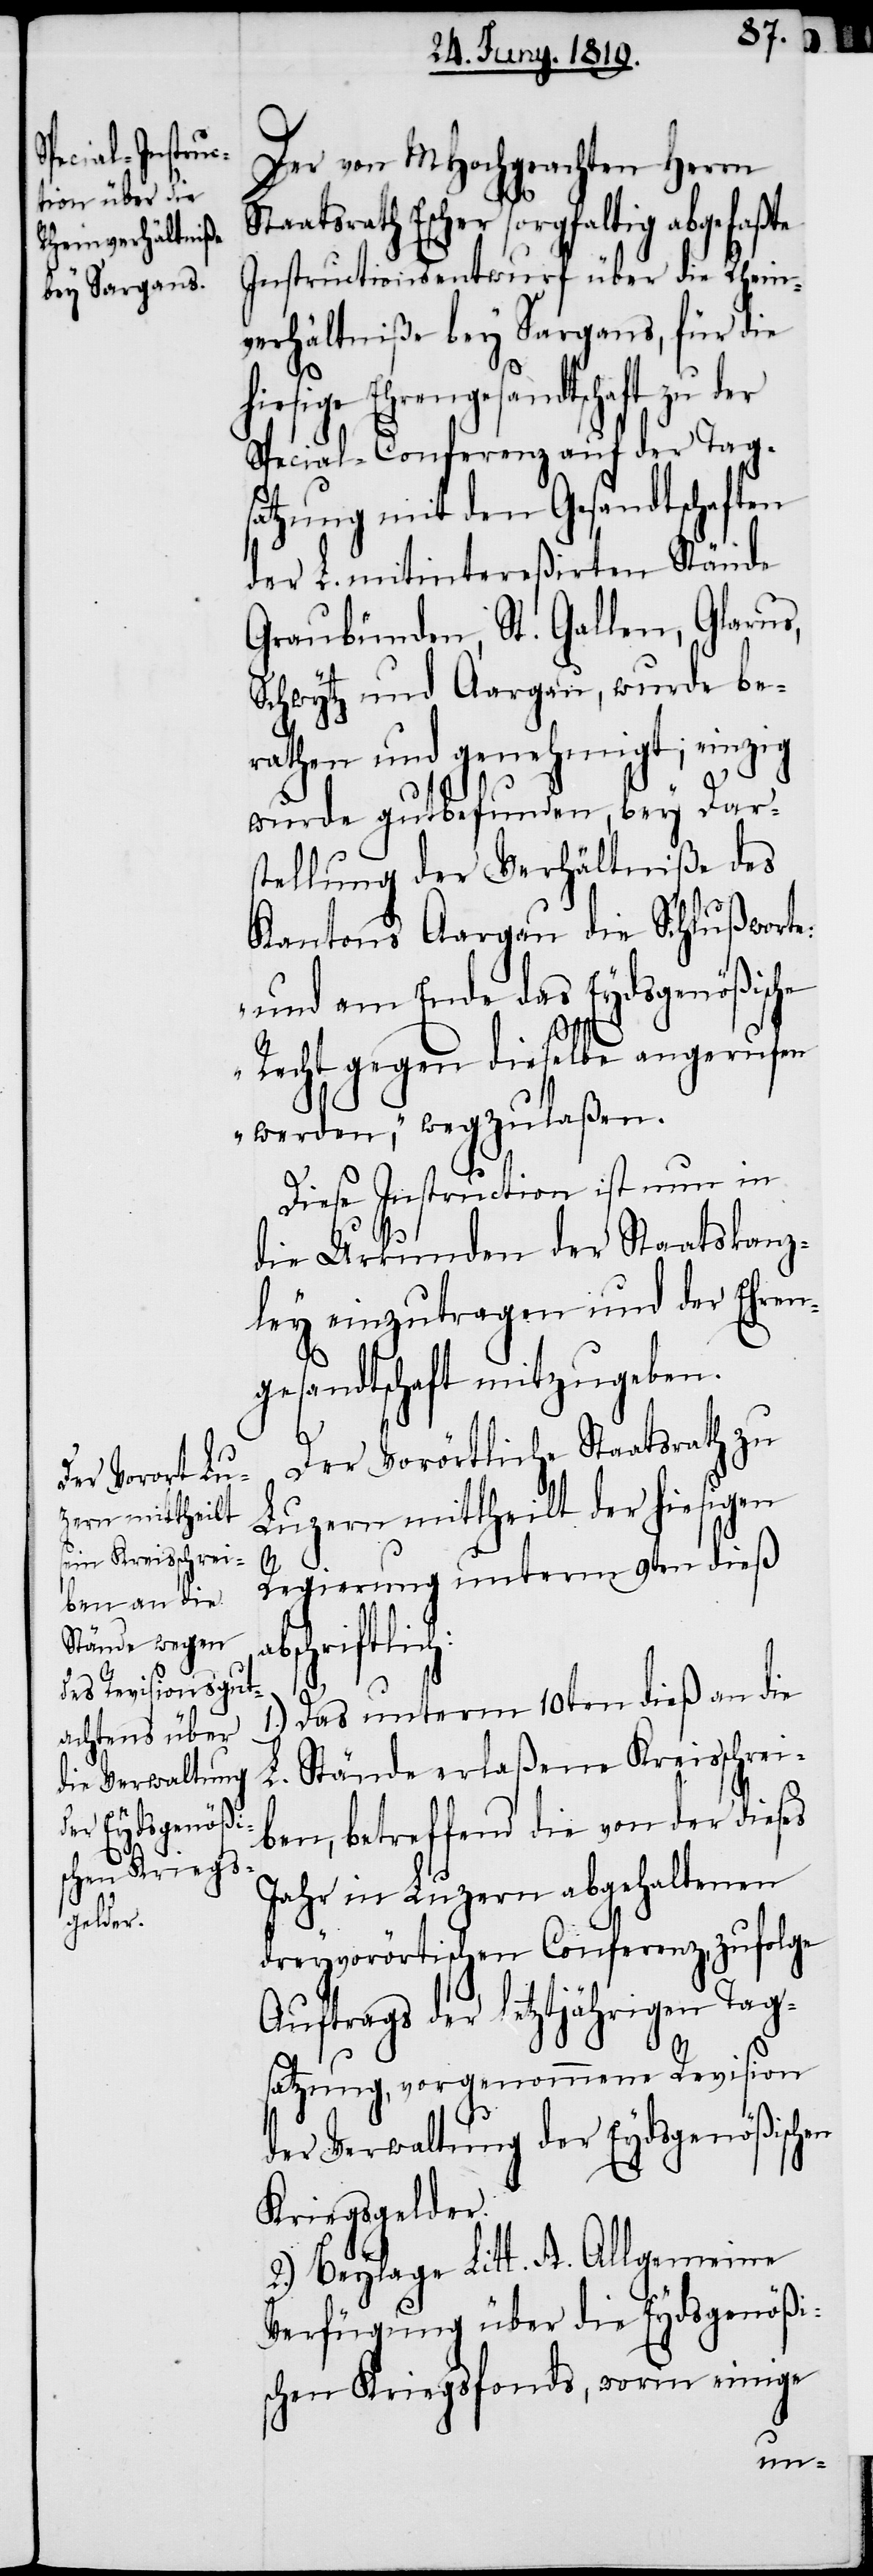
Der von MHochgeachten Herrn
Staatsrath Escher sorgfaltig abgefaßte
Instructionsentwurf über die Rhein¬
verhälniße bey Sargans, für die
hiesige Ehrengesandtschaft zu der
Special-Conferenz auf der Tag¬
satzung mit den Gesandtschaften
der L. mitintereßirten Stände
Graubünden, St. Gallen, Glarus,
Schwytz und Aargau, wurde be¬
rathen und genehmigt; einzig
wurde gutbefunden, bey Dars¬
tellung der Verhältniße des
Kantons Aargau die Schlußworte:
„und am Ende das Eydsgenößische
Recht gegen dieselbe angerufen
werden“, wegzulaßen.
Diese Instruction ist nun in
die Urkunden der Staatskanz¬
ley einzutragen und der Ehren¬
gesandtschaft mitzugeben.
Der Vorörtliche Staatsrath zu
Luzern mittheilt der hiesigen
h:
Regierung unterm 9ten dieß
schriftlic¬
1.) Das unterm 10ten dieß an die
Stände erlaßene Kreisschrei¬
L.
ben, betreffend die von der dieses
Jahr in Luzern abgehaltenen
dreyvorörtischen Conferenz, zufolge
Auftrags der letztjährigen Tag¬
satzung, vorgenommene Revision
der Verwaltung der Eydsgenößischen
Kriegsgelder.
2.) Beylage Litt. A. Allgemeine
Verfügung über die Eydsgenößi¬
schen Kriegsfonds, worin einige

ab¬